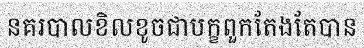
នគរបាលខិលខូចជាបក្ខពួកតែងតែបាន